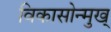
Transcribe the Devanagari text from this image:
विकासोन्मुख्